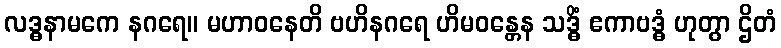
လဒ္ဓနာမကေ နဂရေ။ မဟာဝနေတိ ဗဟိနဂရေ ဟိမဝန္တေန သဒ္ဓိံ ဧကာဗဒ္ဓံ ဟုတွာ ဌိတံ